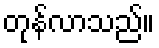
တုန်လာသည်။